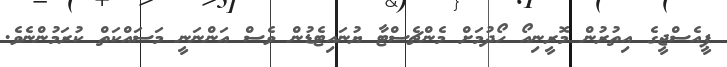
ޕީއެސްޖީގެ އިތުރުން މޮރީނިއޯ ހޯދުމަށް މެންޗެސްޓާ ޔުނައިޓެޑުން ވެސް އަންނަނީ މަސައްކަތް ކުރަމުންނެވެ.